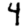
Digit: 4